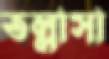
তল্লাসা